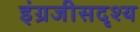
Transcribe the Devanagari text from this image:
इंग्रजीसदृश्य